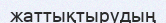
жаттықтырудың